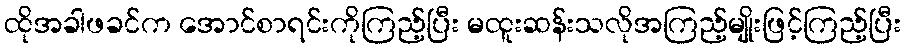
ထိုအခါဖခင်က အောင်စာရင်းကိုကြည့်ပြီး မထူးဆန်းသလိုအကြည့်မျိုးဖြင့်ကြည့်ပြီး